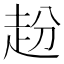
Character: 𧺮